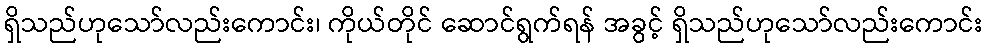
ရှိသည်ဟုသော်လည်းကောင်း၊ ကိုယ်တိုင် ဆောင်ရွက်ရန် အခွင့် ရှိသည်ဟုသော်လည်းကောင်း